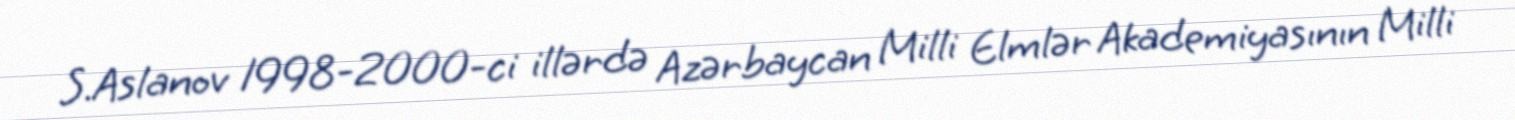
S.Aslanov 1998-2000-ci illərdə Azərbaycan Milli Elmlər Akademiyasının Milli